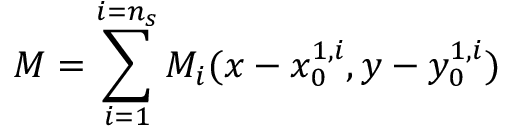
M = \sum _ { i = 1 } ^ { i = n _ { s } } M _ { i } ( x - x _ { 0 } ^ { 1 , i } , y - y _ { 0 } ^ { 1 , i } )